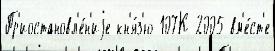
Пр'иостановл'е́н'иjе кн'я́з'ю 107К-2005 вм'е́ст'е